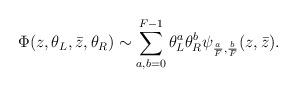
LaTeX: \begin{align*}\Phi(z,\theta_L,\bar z, \theta_R) \sim \sum \limits_{a,b=0}^{F-1} \theta_L^a \theta_R^b \psi_{{a \over F},{b \over F}}(z,{\bar z}).\end{align*}